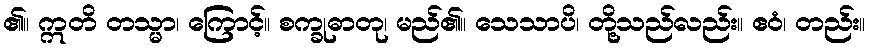
၏။ ဣတိ တသ္မာ၊ ကြောင့်။ စက္ခုဓာတု၊ မည်၏။ သေသာပိ၊ တို့သည်လည်း။ ဧဝံ၊ တည်း။